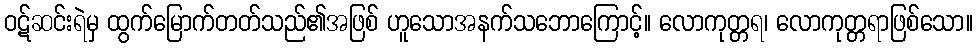
ဝဋ်ဆင်းရဲမှ ထွက်မြောက်တတ်သည်၏အဖြစ် ဟူသောအနက်သဘောကြောင့်။ လောကုတ္တရ၊ လောကုတ္တရာဖြစ်သော။